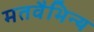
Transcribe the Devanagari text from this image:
मतवैभिन्य